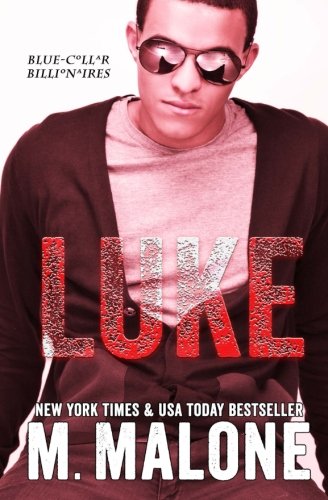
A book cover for Luke (Blue-Collar Billionaires #5)  (Volume 5); M. Malone; Romance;